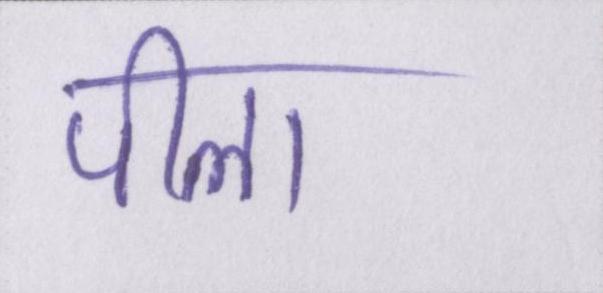
पीला